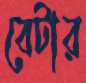
বেটার